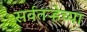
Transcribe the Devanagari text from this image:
सर्वतऱ्हेच्या